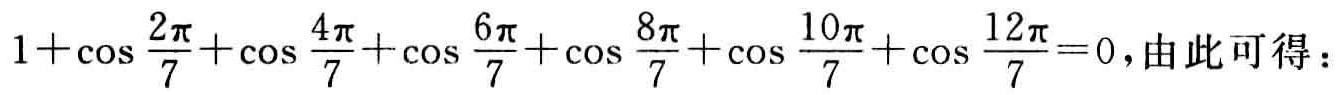
\(1+\cos \frac{2\pi}{7}+\cos \frac{4\pi}{7}+\cos \frac{6\pi}{7}+\cos \frac{8\pi}{7}+\cos \frac{10\pi}{7}+\cos \frac{12\pi}{7}=0\)，由此可得：